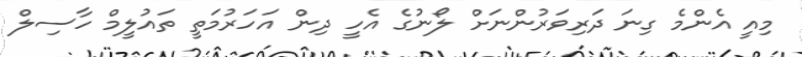
މިއީ އެންމެ ގިނަ ދަރިވަރުންނަށް ލޯނުގެ އެހީ ދިން އަހަރުމަތީ ތައުލީމް ހާސިލް